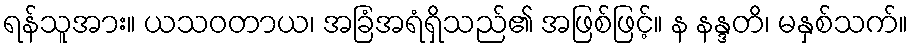
ရန်သူအား။ ယသဝတာယ၊ အခြံအရံရှိသည်၏ အဖြစ်ဖြင့်။ န နန္ဒတိ၊ မနှစ်သက်။